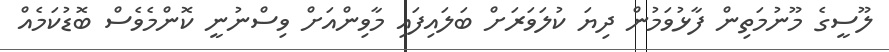
ލޫސީގެ މޫނުމަތިން ފާޅުވަމުން ދިޔަ ކުލަވަރަށް ބަލައިފައި މާވިންއަށް ވިސްނުނީ ކޮންމެވެސް ބޮޑުކަމެއް